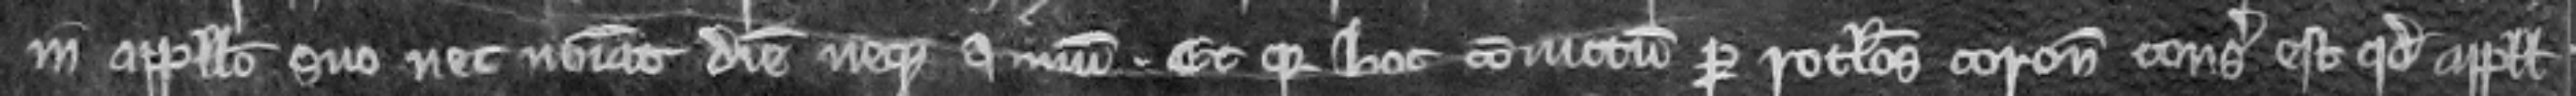
in appello suo nec nominat diem neque annum. Et quia hoc convictum per rotulos coronatorum consideratum est quod appellum